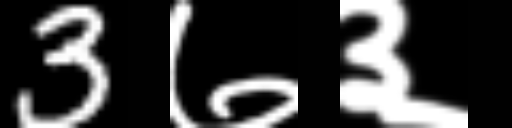
Text: 3७३